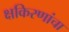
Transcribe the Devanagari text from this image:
क्षकिरणांचा